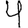
Digit: 4